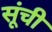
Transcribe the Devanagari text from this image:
सूंची